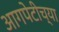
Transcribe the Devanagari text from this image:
आगपेटीच्या